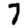
Digit: 7